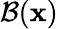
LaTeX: \mathcal B(\textbf x)